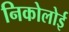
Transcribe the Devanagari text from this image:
निकोलोई